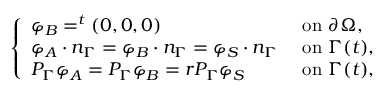
\left\{ \begin{array} { l l } { \varphi _ { B } = ^ { t } ( 0 , 0 , 0 ) } & { \mathrm { ~ o n ~ } \partial \Omega , } \\ { \varphi _ { A } \cdot n _ { \Gamma } = \varphi _ { B } \cdot n _ { \Gamma } = \varphi _ { S } \cdot n _ { \Gamma } } & { \mathrm { ~ o n ~ } \Gamma ( t ) , } \\ { P _ { \Gamma } \varphi _ { A } = P _ { \Gamma } \varphi _ { B } = r P _ { \Gamma } \varphi _ { S } } & { \mathrm { ~ o n ~ } \Gamma ( t ) , } \end{array} \right.